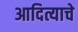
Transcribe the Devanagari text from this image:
आदित्याचे